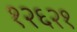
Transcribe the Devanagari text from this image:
१२६२१